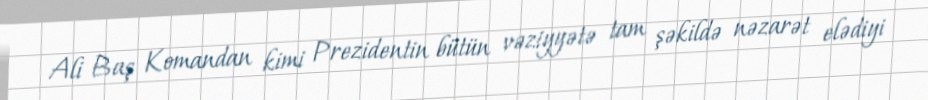
Ali Baş Komandan kimi Prezidentin bütün vəziyyətə tam şəkildə nəzarət elədiyi